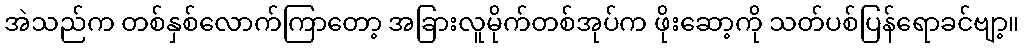
အဲသည်က တစ်နှစ်လောက်ကြာတော့ အခြားလူမိုက်တစ်အုပ်က ဖိုးဆော့ကို သတ်ပစ်ပြန်ရောခင်ဗျာ့။